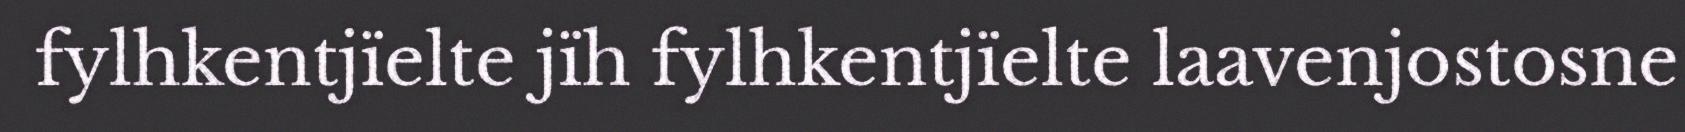
fylhkentjïelte jïh fylhkentjïelte laavenjostosne